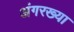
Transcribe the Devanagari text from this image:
अंगरख्या